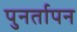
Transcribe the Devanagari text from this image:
पुनर्तापन